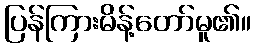
ပြန်ကြားမိန့်တော်မူ၏။